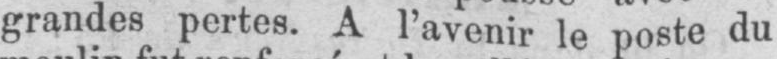
grandes pertes. A l’avenir le poste du